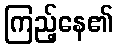
ကြည့်နေ၏